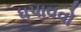
ધપાવવો